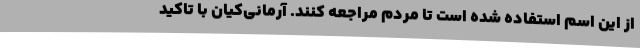
از این اسم استفاده شده است تا مردم مراجعه کنند. آرمانی‌کیان با تاکید